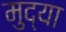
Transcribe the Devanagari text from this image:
मुद्या